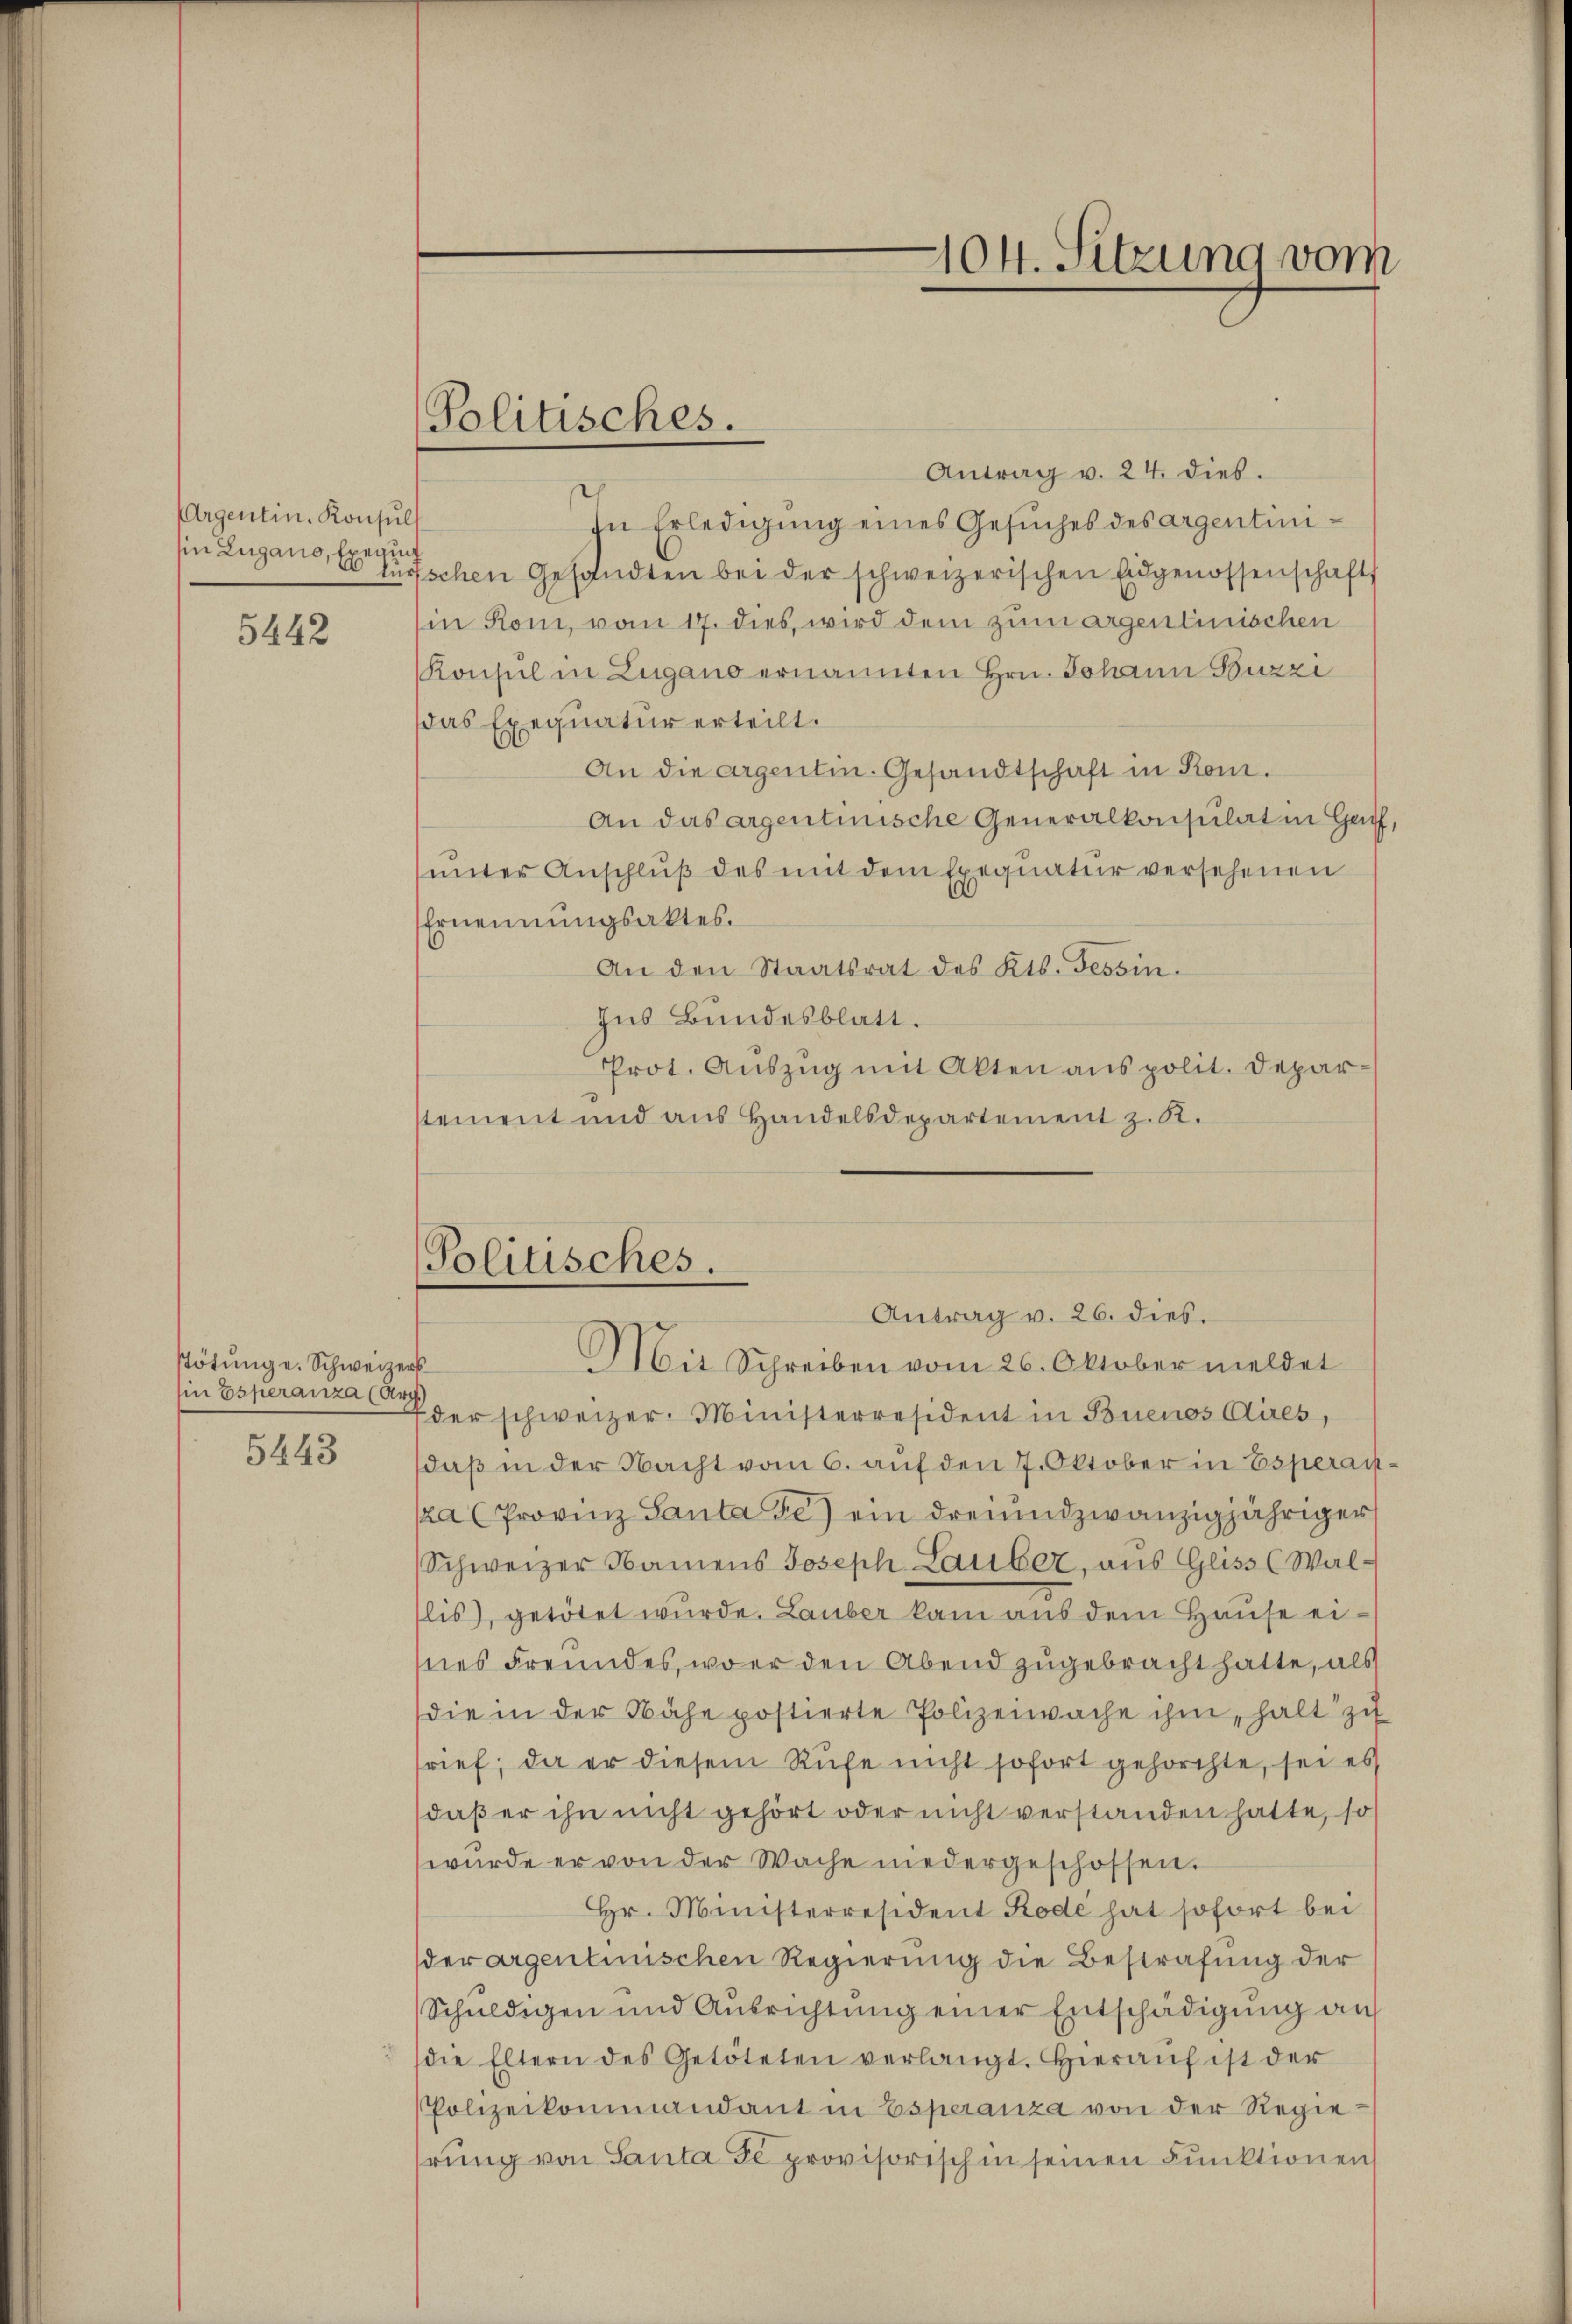
Argentin. Konsuls
perint

5442

Tötung u. Schweizers
(in Esperanza (Arg

5443

Politisches.

Antrag v. 24. dies.
In Erledigung eines Gesuches des argentinisin Lugano, er zürtschen Gesandten bei der schweizerischen Eidgenossenschaft
in Rom, vom 17. dies, wird dem zum argenlinischen
Konsul in Zugano ernannten Hrn. Johann Buzzi
das Exequatur erteilt.
An die argentin. Gesandtschaft in Rom.
An das argenturische Generalkonsulat in Haff,
ŭnter Anschlŭβ des mit dem Exequatur versehenen
Ernennungsaktes.
An den Staatsrat des Kts. Tessin.
Ius Bundesblatt.
Prot. Auszug mit Akten aus polit. Depar
stement und aus Handelsdepartement z. R.

Politisches.
Mit Schreiben vom 26. Oktober meldet

104. Sitzung vom

Antrag v. 26. dies.
der schweizer. Ministerresident in Buenos Aires,
daß in der Nacht vom 6. auf den 7. Oktober in Esperachka (Provinz Santa Fe) ein dreiundzwanzigjähriger
Schweizer Namens Joseph Lauber, aus Geiss (Wallis), getötet wurde. Lauber kam aus dem Hause eines Freundes, wo er den Abend zugebracht hatte, als
die in der Nähe postierte Polizeiwache ihm, halt zu
rief, da er diesem Rufe nicht sofort gehorchte, sei es
daß er ihn nicht gehört oder nicht verstanden hatte, so
würde er von der Wache niedergeschossen.
Hr. Ministerresident Rode hat sofort bei
der argentinischen Regierung die Bestrafung der
Schŭldigen und Aŭsrichtŭng einer Entschädigŭng an
(die Eltern des Getöteten verlangt. Hieraŭf ist der
Polizeikommandant in Esperanza von der Regiehrung von Santa de provisorisch in seinen Funktionen